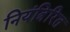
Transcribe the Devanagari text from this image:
नियंत्रिरित